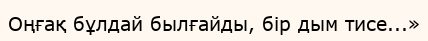
Оңғақ бұлдай былғайды, бір дым тисе...»